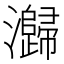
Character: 𭳶